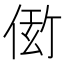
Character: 𬾫